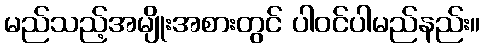
မည်သည့်အမျိုးအစားတွင် ပါဝင်ပါမည်နည်း။